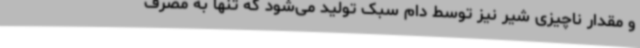
و مقدار ناچیزی شیر نیز توسط دام سبک تولید می‌شود که تنها به مصرف